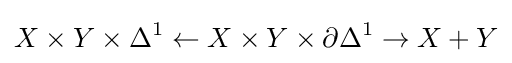
X\times Y\times \Delta ^{1}\leftarrow X\times Y\times \partial \Delta ^{1}\rightarrow X+Y